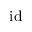
\mathrm { i d }